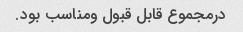
درمجموع قابل قبول ومناسب بود.